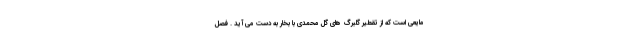
مایعی است که از تقطیر گلبرگ های گل محمدی با بخار به دست می آید . فصل